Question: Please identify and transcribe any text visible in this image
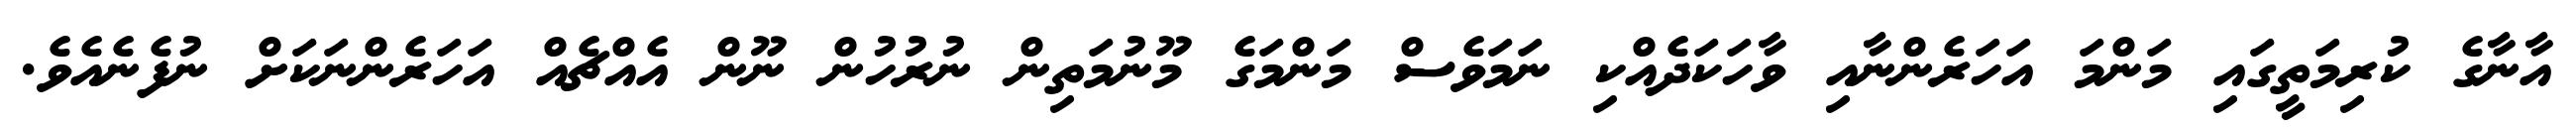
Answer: އާނާގެ ކުރިމަތީގައި މަންމަ އަހަރެންނާއި ވާހަކަދެއްކި ނަމަވެސް މަންމަގެ މޫނުމަތިން ނުރުހުން ނޫން އެއްޗެއް އަހަރެންނަކަށް ނުފެނެއެވެ.